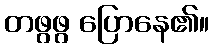
တဖွဖွ ပြောနေ၏။